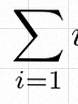
\sum_{i=1}